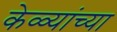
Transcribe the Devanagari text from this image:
केळ्यांच्या